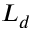
L _ { d }